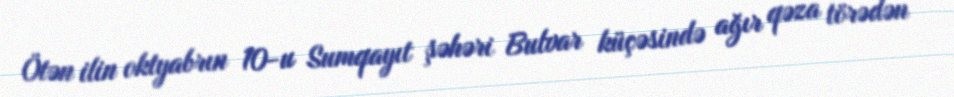
Ötən ilin oktyabrın 10-u Sumqayıt şəhəri Bulvar küçəsində ağır qəza törədən